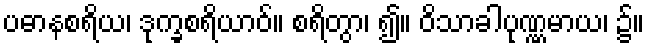
ပဓာနစရိယ၊ ဒုက္ခစရိယာဝ်။ စရိတွာ၊ ၍။ ဝိသာခါပုဏ္ဏမာယ၊ ၌။